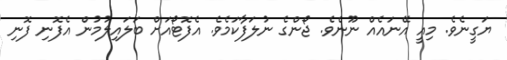
ޔަގީނެވެ. މިއީ އޭނައެއް ނޫނެވެ. ޖޯންގެ ނުލަފާކަމެވެ. އެފޮޓޯއަށް ބަލައިލުމުން އެފޮނި ފޮނި